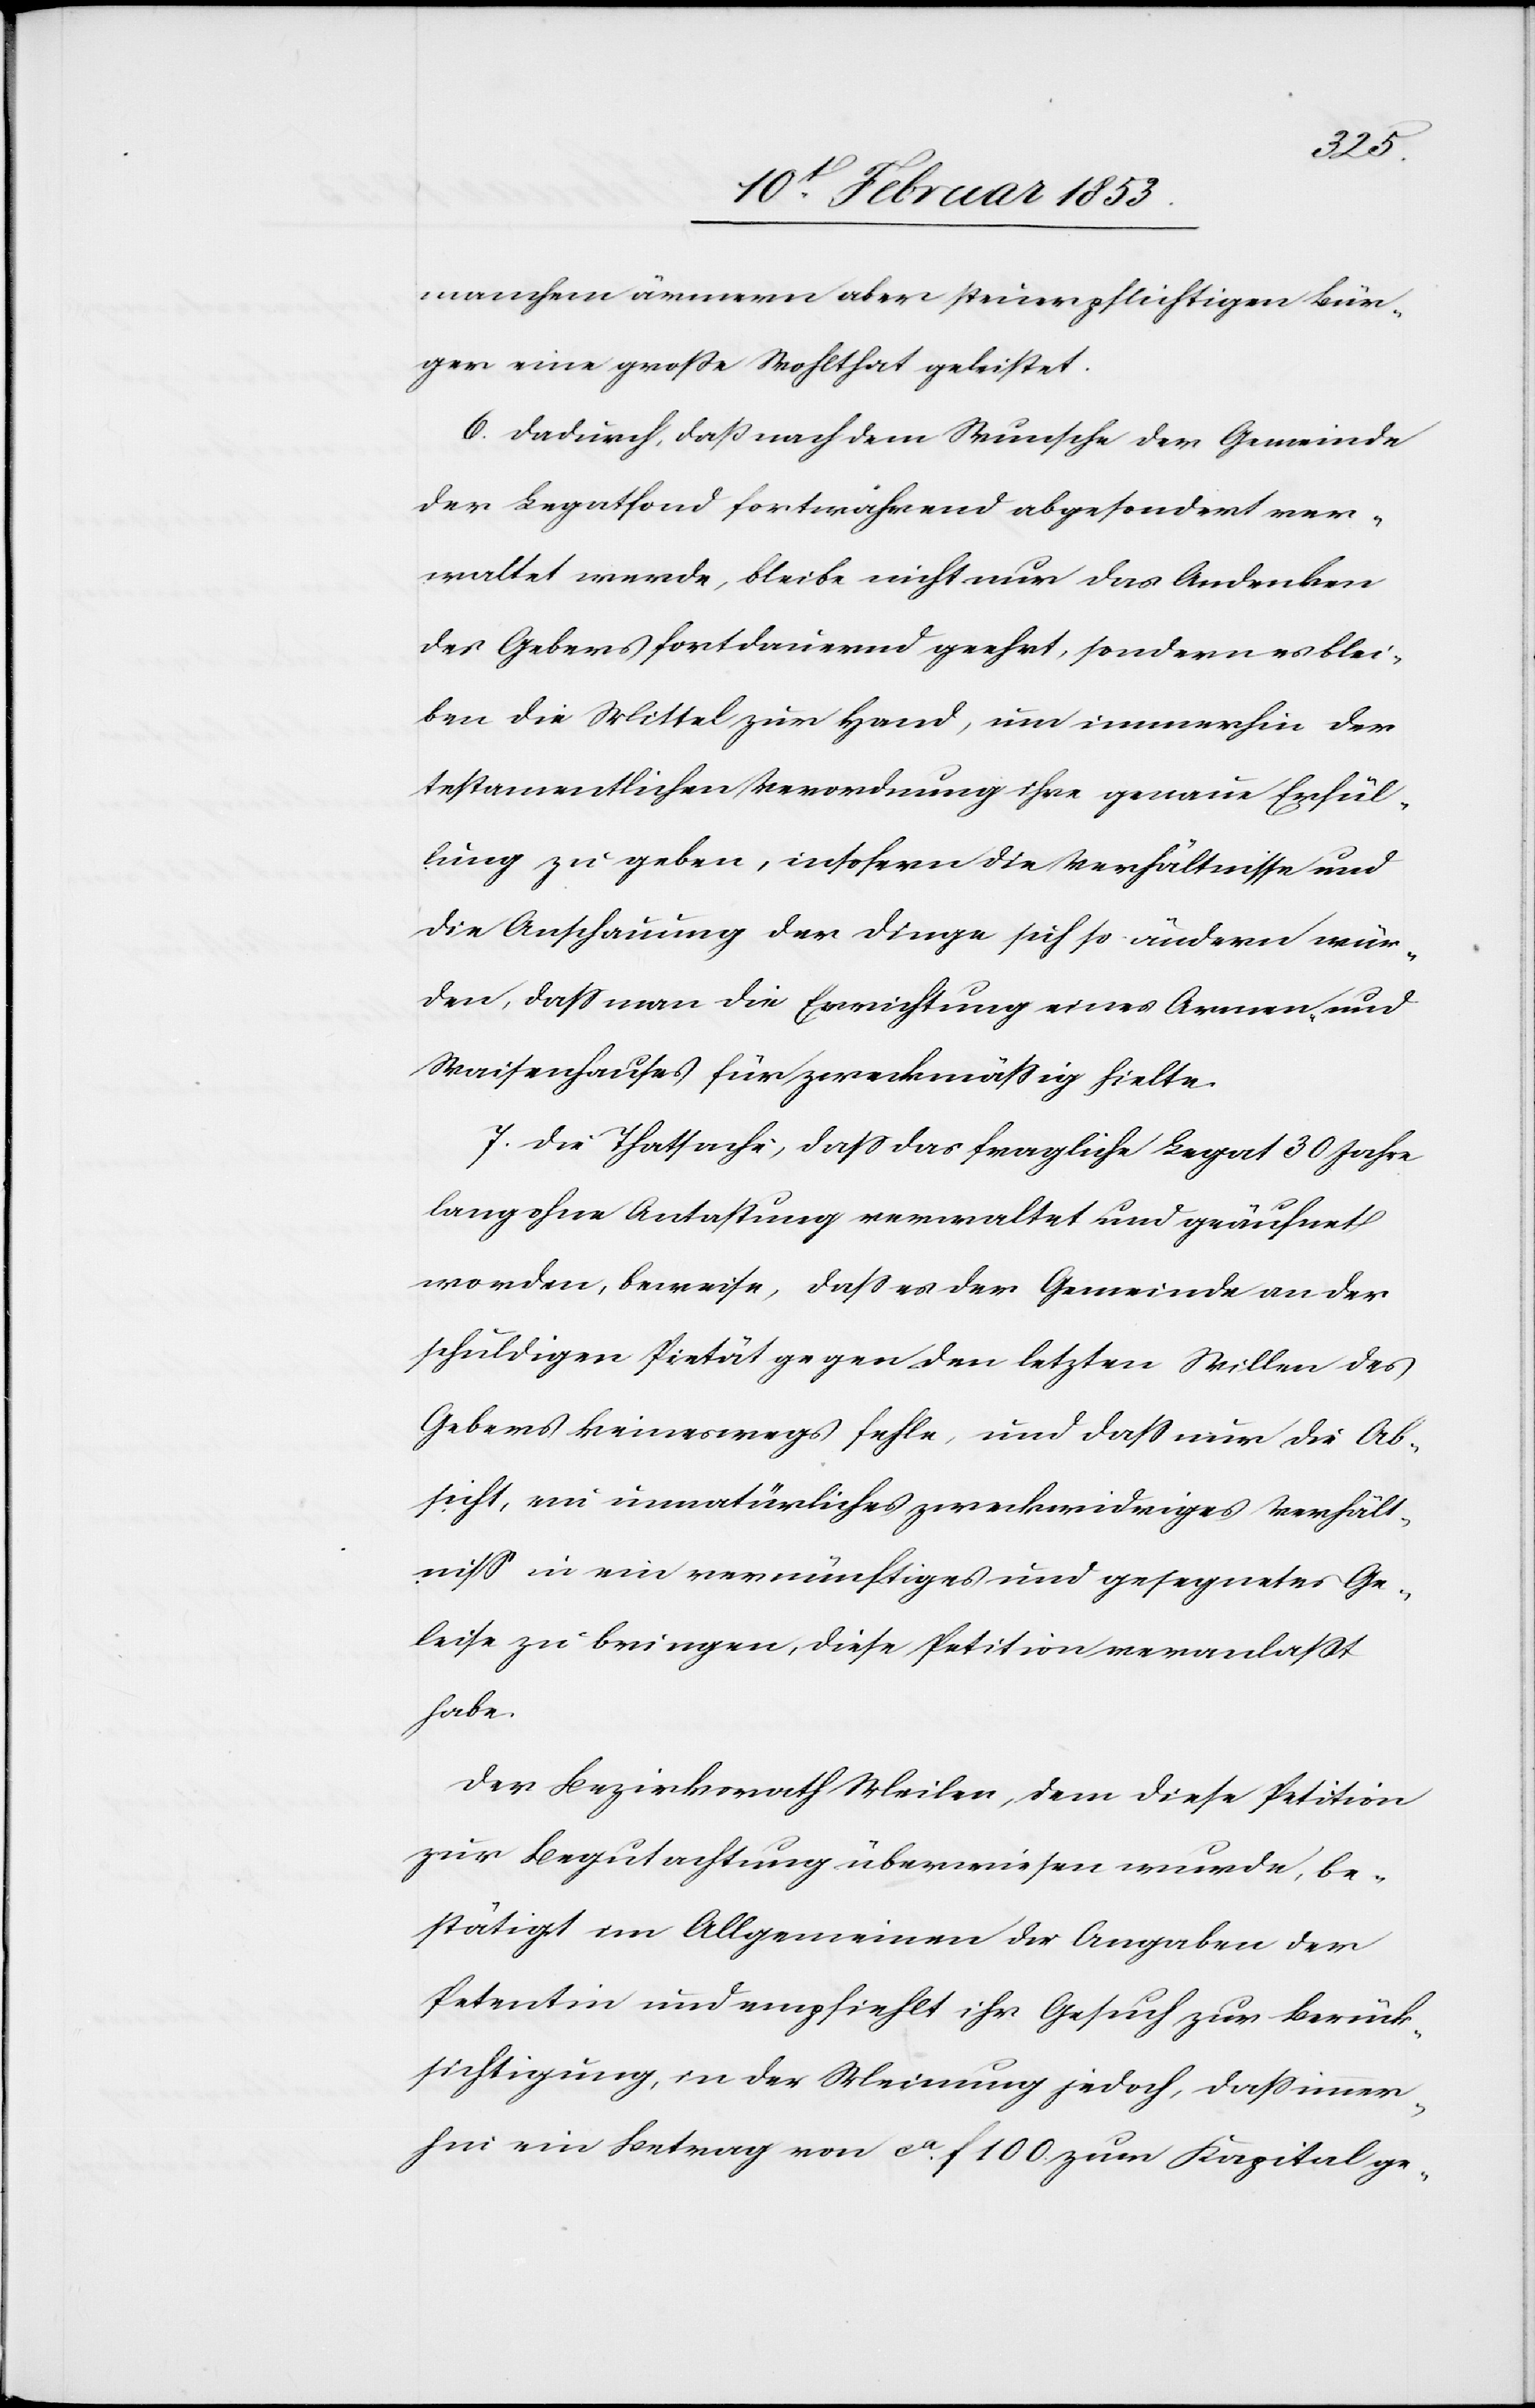
manchem ärmern aber steuerpflichtigen Bür¬
ger eine große Wohlthat geleistet.
6, Dadurch, daß nach dem Wunsche der Gemeinde
der Legathfond fortwährend abgesondert ver¬
waltet werde, bleibe nicht nur das Andenken
des Gebers fortdauernd geehrt, sondern es blei¬
ben die Mittel zur Hand, um immerhin der
testamentlichen Verordnung ihre genaue Erfül¬
lung zu geben, insofern die Verhältnisse und
die Anschauung der Dinge sich ändern wür¬
den, daß man die Errichtung eines Armen- und
Waisenhauses für zweckmäßig hielte.
7, Die Thatsache, daß das fragliche Legat 30 Jahre
lang ohne Antastung verwaltet und geäufnet
worden, beweise, daß es der Gemeinde an der
schuldigen Pietät gegen den letzten Willen des
Gebers keineswegs fehle, und daß nur die Ab¬
sicht, ein unnatürliches zweckwidriges Verhält¬
niß in ein vernünftiges und gesegnetes Ge¬
leise zu bringen, diese Petition veranlaßt
habe.
Der Bezirksrath Weiler, dem diese Petition
zur Begutachtung überwiesen wurde, be¬
stätigt im Allgemeinen die Angaben der
Petentin und empfiehlt ihr Gesuch zur Berück¬
sichtigung, in der Meinung jedoch, daß immer¬
hin ein Betrag von ca. f. 100. zur Kapital ge-